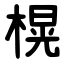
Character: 榥